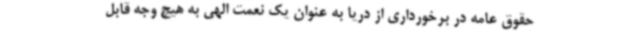
حقوق عامه در برخورداری از دریا به عنوان یک نعمت الهی به هیچ وجه قابل